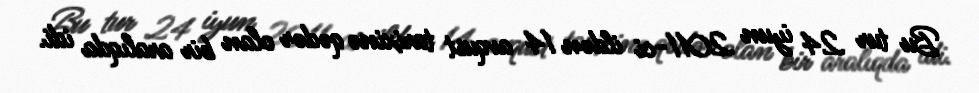
Bu tur 24 iyun 2011-ci ildən 14 avqust tarixinə qədər olan bir aralıqda idi.